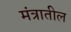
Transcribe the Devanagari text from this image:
मंत्रातील